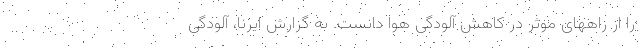
را از راههای موثر در کاهش آلودگی هوا دانست. به گزارش ایرنا، آلودگی